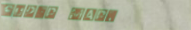
sUpEr MaRt